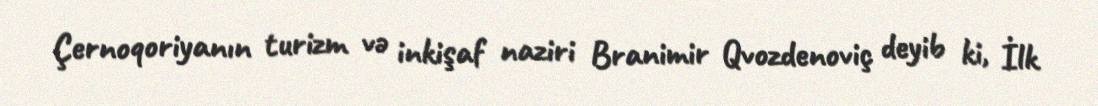
Çernoqoriyanın turizm və inkişaf naziri Branimir Qvozdenoviç deyib ki, İlk